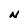
Character: N